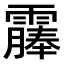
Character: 𫕰